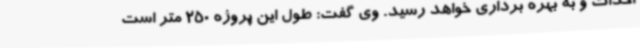
احداث و به بهره برداری خواهد رسید. وی گفت: طول این پروژه 250 متر است